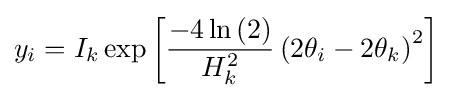
y_{i}=I_{k}\exp \left[{\frac {-4\ln \left(2\right)}{H_{k}^{2}}}\left(2\theta _{i}-2\theta _{k}\right)^{2}\right]